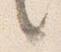
言